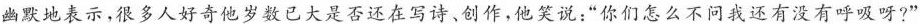
幽默地表示，很多人好奇他岁数已大是否还在写诗、创作，他笑说：”你们怎么不问我还有没有呼吸呀?”